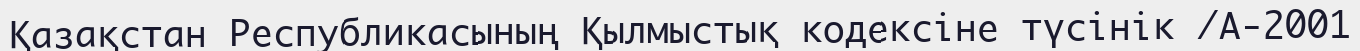
Қазақстан Республикасының Қылмыстық кодексіне түсінік /А-2001